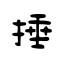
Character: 捶